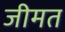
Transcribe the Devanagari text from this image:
जीमत